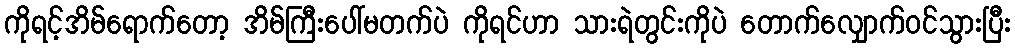
ကိုရင့်အိမ်ရောက်တော့ အိမ်ကြီးပေါ်မတက်ပဲ ကိုရင်ဟာ သားရဲတွင်းကိုပဲ တောက်လျှောက်ဝင်သွားပြီး